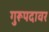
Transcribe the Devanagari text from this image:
गुरूपदावर